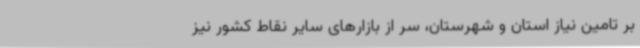
بر تامین نیاز استان و شهرستان، سر از بازارهای سایر نقاط کشور نیز